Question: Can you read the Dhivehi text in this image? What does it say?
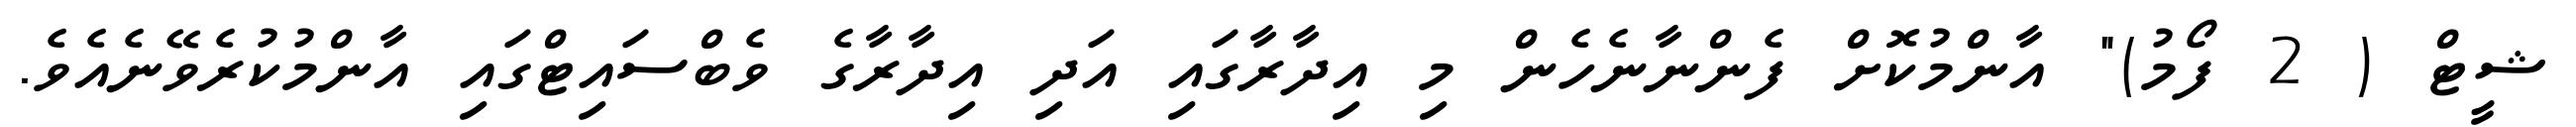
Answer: ޝީޓް ( 2 ފޯމު)" އާންމުކޮށް ފެންނާނެހެން މި އިދާރާގައި އަދި އިދާރާގެ ވެބްސައިޓްގައި އާންމުކުރެވޭނެއެވެ.